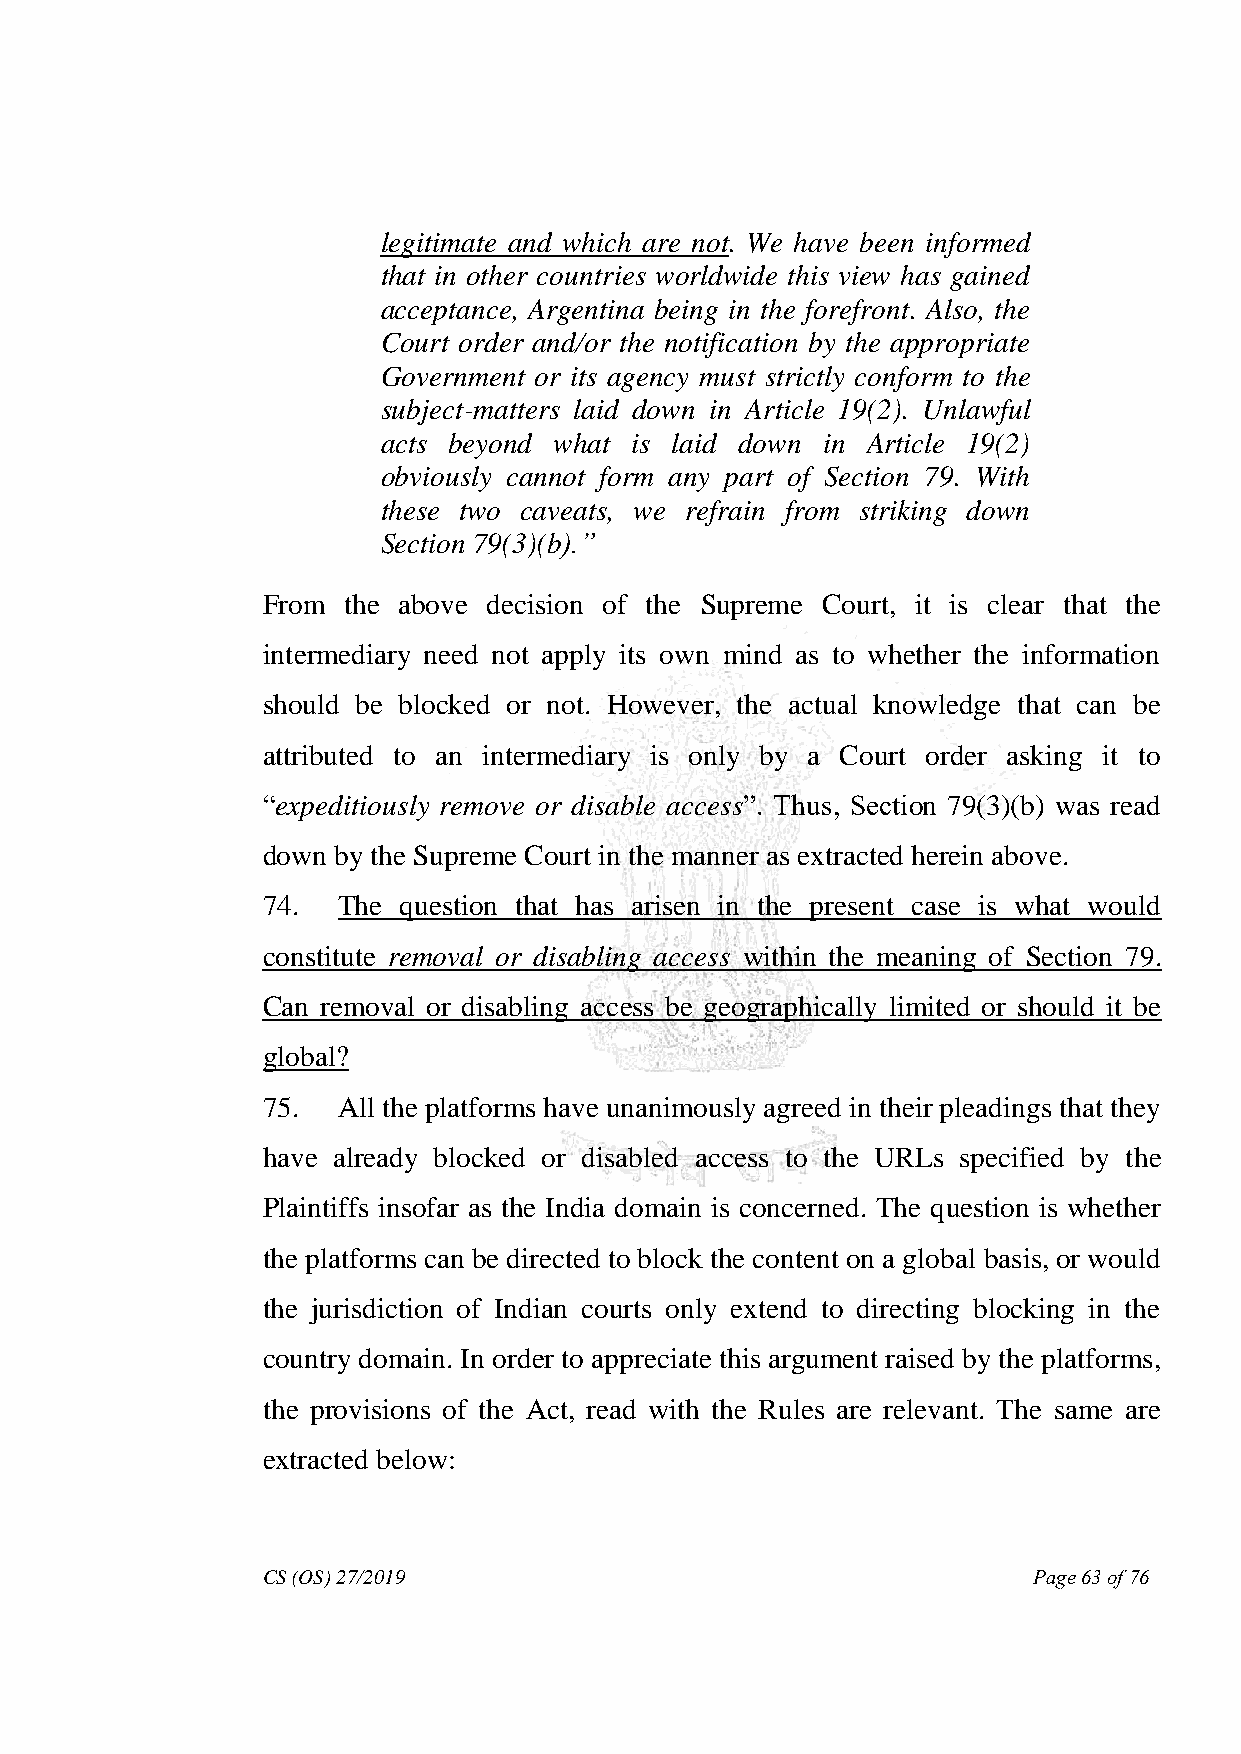
legitimate and which are not. We have been informed
 that in other countries worldwide this view has gained
 acceptance, Argentina being in the forefront. Also, the
 Court order and/or the notification by the appropriate
 Government or its agency must strictly conform to the
 subject-matters laid down in Article 19(2). Unlawful
 acts beyond what is laid down in Article 19(2)
 obviously cannot form any part of Section 79. With
 these two caveats, we refrain from striking down
 Section 79(3)(b).‖
 From  the above decision of the Supreme Court, it is clear that the
 intermediary need not apply its own mind as to whether the information
 should be blocked or not. However, the actual knowledge that can be
 attributed to an intermediary is only by a Court order asking it to
 “expeditiously remove or disable access”. Thus, Section 79(3)(b) was read
 down by the Supreme Court in the manner as extracted herein above.
 74.  The question that has arisen in the present case is what would
 constitute removal or disabling access within the meaning of Section 79.
 Can removal or disabling access be geographically limited or should it be
 global?
 75.  All the platforms have unanimously agreed in their pleadings that they
 have already blocked or disabled access to the URLs specified by the
 Plaintiffs insofar as the India domain is concerned. The question is whether
 the platforms can be directed to block the content on a global basis, or would
 the jurisdiction of Indian courts only extend to directing blocking in the
 country domain. In order to appreciate this argument raised by the platforms,
 the provisions of the Act, read with the Rules are relevant. The same are
 extracted below:
 CS (OS) 27/2019                                    Page 63 of 76